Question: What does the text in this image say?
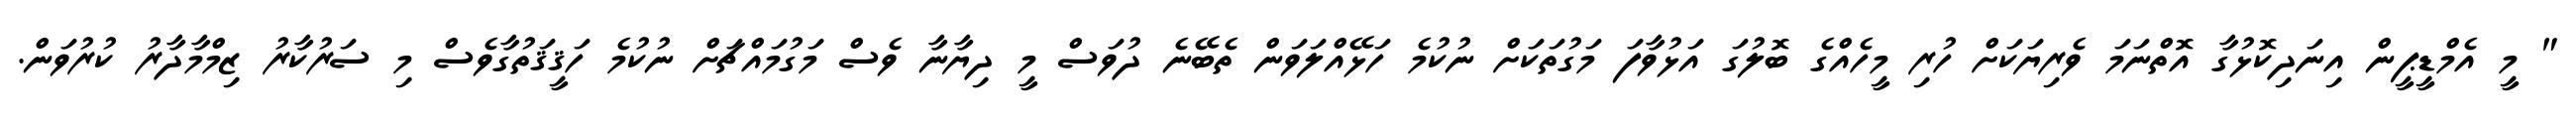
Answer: " މީ އެމްޑީޕީން އިނަދިކޮޅުގާ އޮތްނަމަ ވެރިޔަކަށް ހުރި މީހެއްގެ ބޮލުގަ އަޅުވާފަ މަގުތަކަށް ނުކުމެ ހަޅޭއްލަވަން ތެބޭނެ ދުވަސް މީ ދިޔާނާ ވެސް މަގުމައްޗަށް ނުކުމެ ހަޤީޤަތުގާވެސް މި ސަރުކާރު ޒިމްމާދާރު ކުރުވަން.